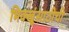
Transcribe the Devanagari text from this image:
भिक्खूंसाठीची